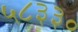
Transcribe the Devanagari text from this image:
५८३३०